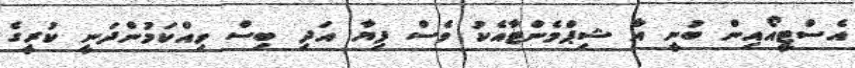
އެސްޓީއޯއިން ބުނީ އާ ޝިޕްމެންޓާއެކު ވެސް ފިޔާ އަދި ބިސް ވިއްކަމުންދަނީ ކުރީގެ